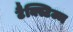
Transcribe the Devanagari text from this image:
टैक्स्टिज्म